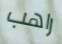
راهب